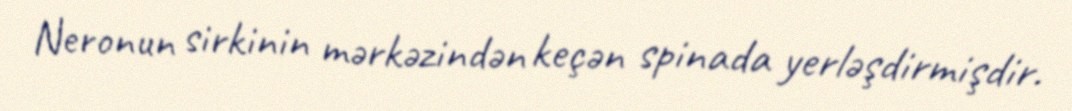
Neronun sirkinin mərkəzindən keçən spinada yerləşdirmişdir.